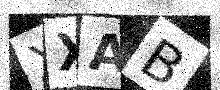
Text: XXAB